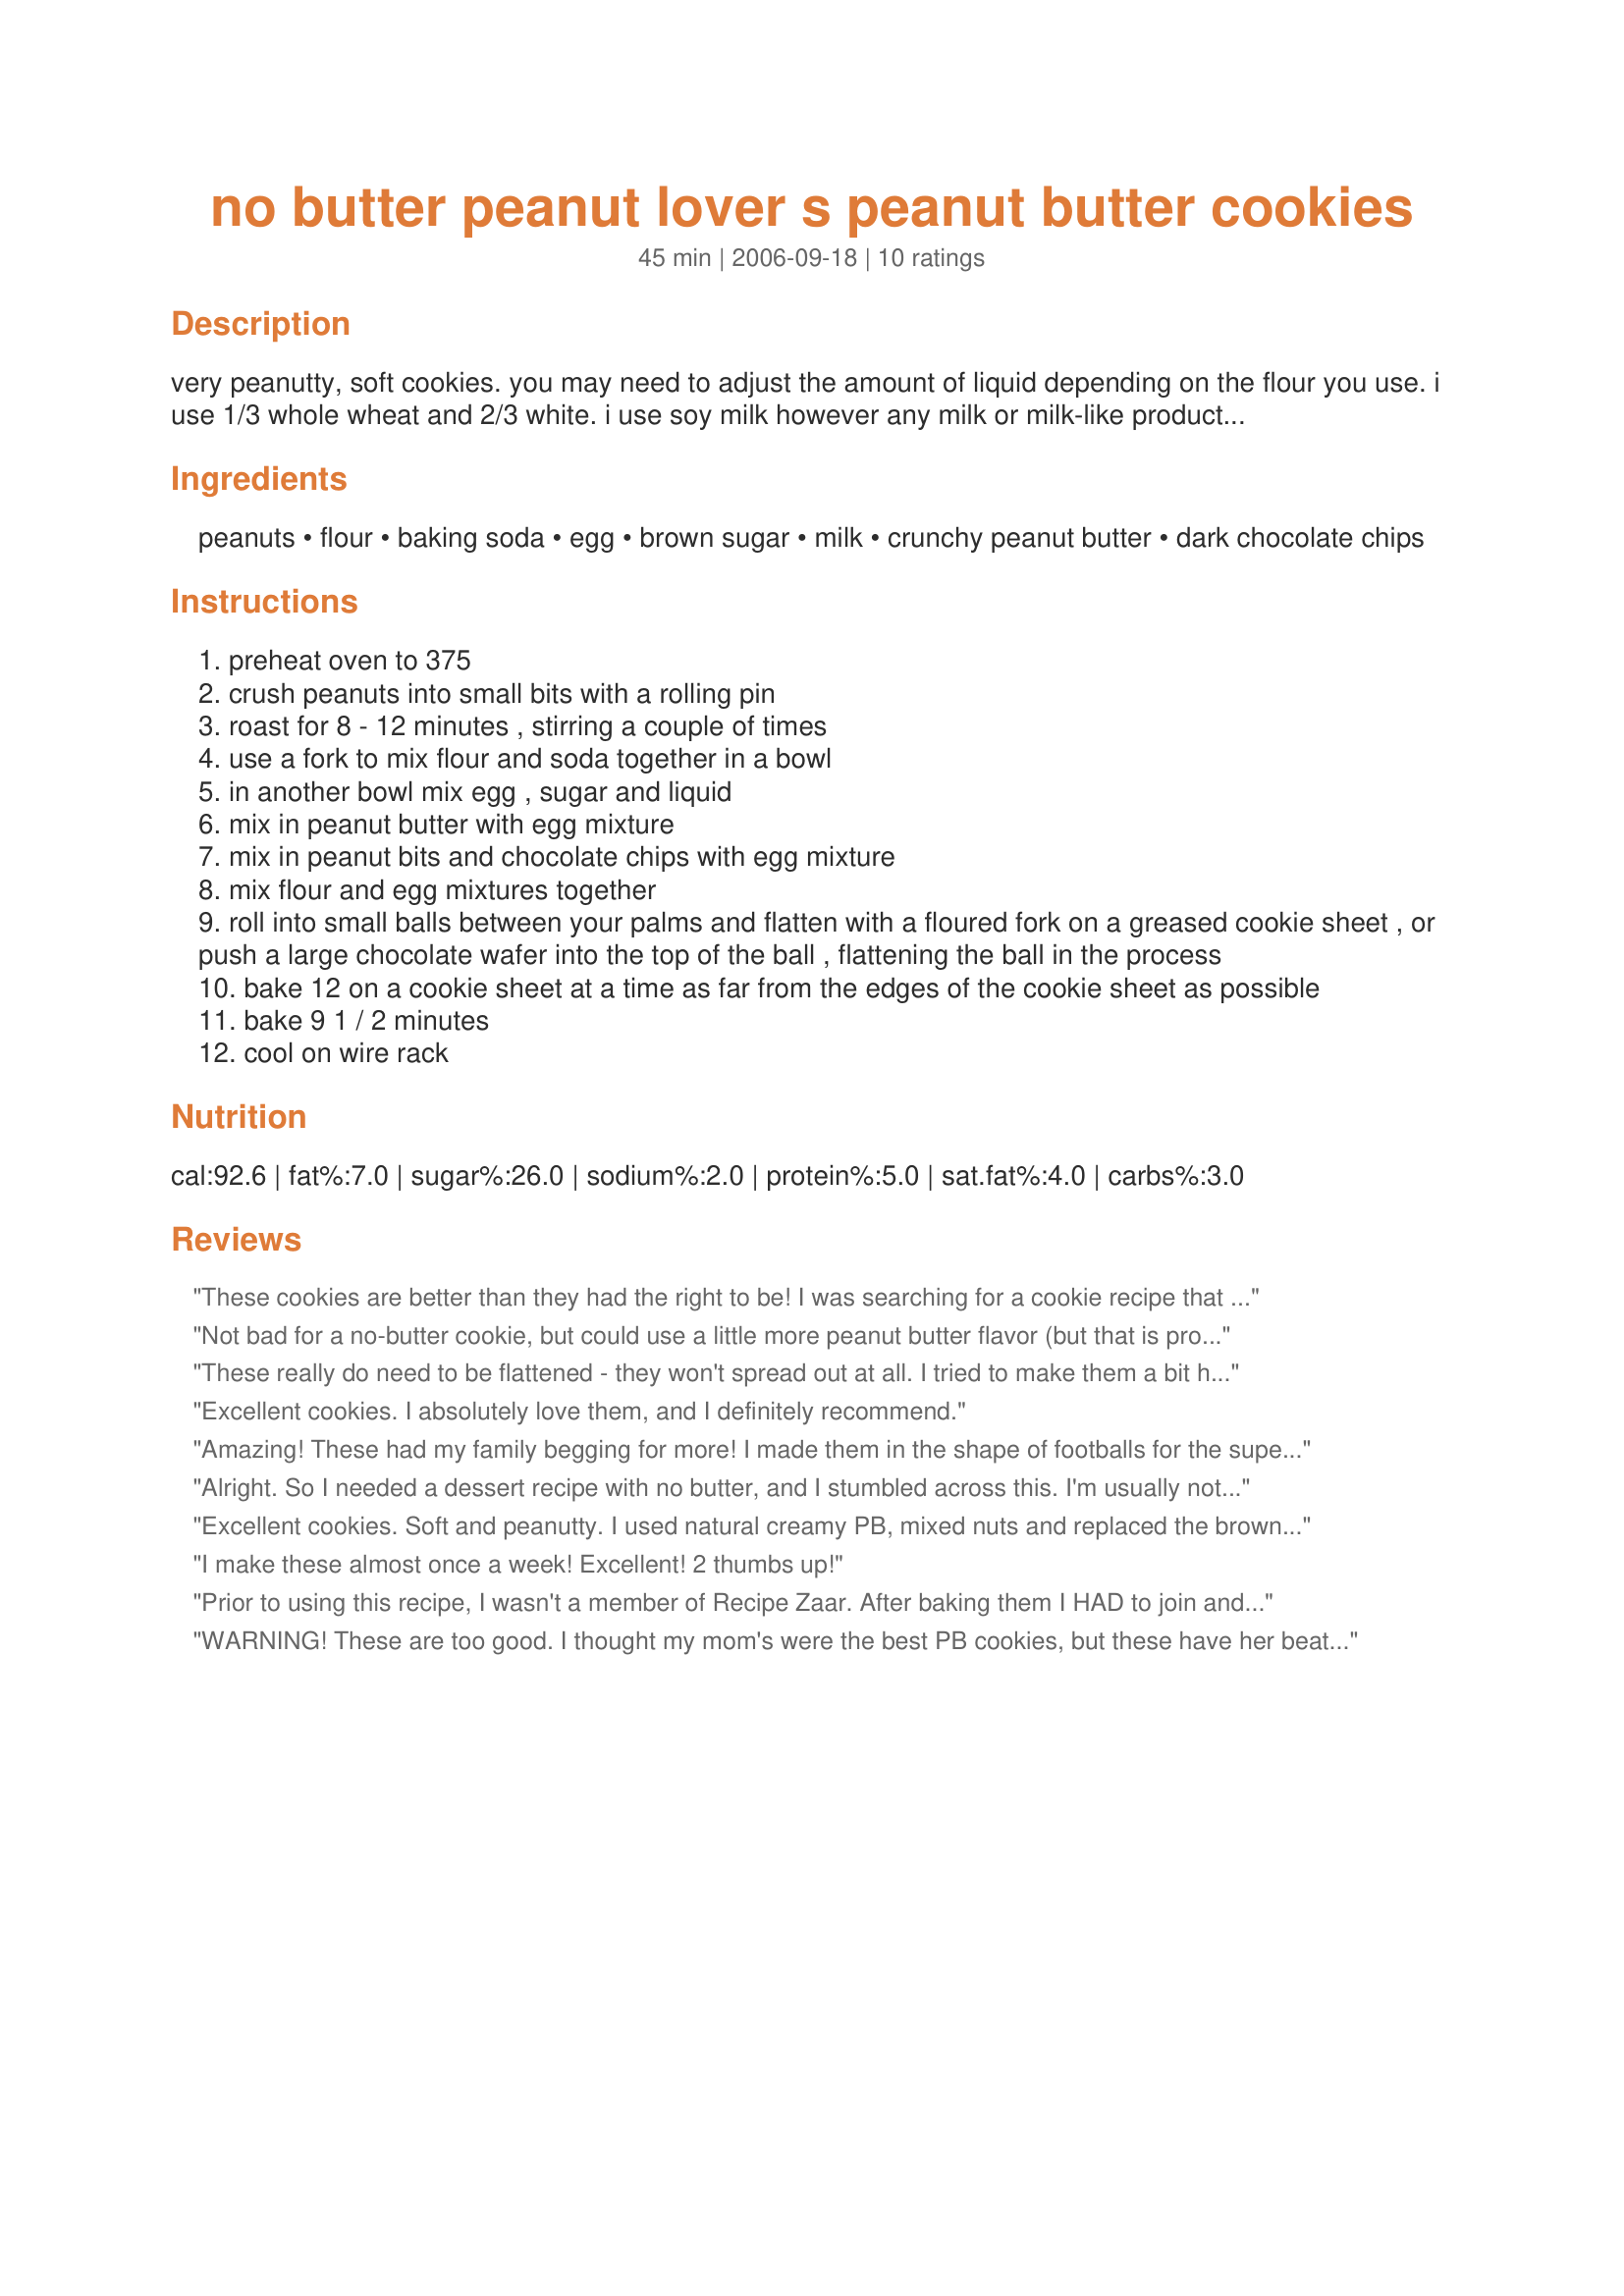
no butter peanut lover s peanut butter cookies
Preparation time: 45 minutes

very peanutty, soft cookies. you may need to adjust the amount of liquid depending on the flour you use. i use 1/3 whole wheat and 2/3 white. i use soy milk however any milk or milk-like product will work, i think. if you're going to add dark chocolate chips, increase the sugar by 2 tablespoons. careful baking results in soft cookies just lightly browned on the bottom.

Ingredients:
peanuts, flour, baking soda, egg, brown sugar, milk, crunchy peanut butter, dark chocolate chips

Steps:
preheat oven to 375
crush peanuts into small bits with a rolling pin
roast for 8 - 12 minutes , stirring a couple of times
use a fork to mix flour and soda together in a bowl
in another bowl mix egg , sugar and liquid
mix in peanut butter with egg mixture
mix in peanut bits and chocolate chips with egg mixture
mix flour and egg mixtures together
roll into small balls between your palms and flatten with a floured fork on a greased cookie sheet , or push a large chocolate wafer into the top of the ball , flattening the ball in the process
bake 12 on a cookie sheet at a time as far from the edges of the cookie sheet as possible
bake 9 1 / 2 minutes
cool on wire rack

Reviews:
These cookies are better than they had the right to be! I was searching for a cookie recipe that had no butter since I was out. I made these without the peanuts and with creamy peanut butter instead of chunky. The results were outstanding. The cookies were soft and round, and chewy on the inside. Even a couple days later they still taste just as good. This is a new staple in my cookbook. Thank you so much for posting!
Not bad for a no-butter cookie, but could use a little more peanut butter flavor (but that is probably because I did not have any peanuts to use in them, just the peanut butter). Overall I reccommend it though for a healthy alternative to a common PB cookie! I only needed to cook them for 8-8.5 minutes though and they were done.
These really do need to be flattened - they won't spread out at all. <br/>I tried to make them a bit healthier by using only whole wheat flour, I also didn't use any peanuts and used smooth peanut butter - but they came out too dry and hard (-perhaps more liquid would work?)<br/>However, adding about one average-sized banana to this combination makes the most irresistible heavenly cookies! (and they were soft too.) <br/>I'm always looking for recipes without butter or margarine. Thank you!
Excellent cookies. I absolutely love them, and I definitely recommend.
Amazing! These had my family begging for more! I made them in the shape of footballs for the super bowl and used a very small fork to make the fork lines look like stitching on a football! These have become my family's new Sunday football treat! Thanks so much!
Alright. So I needed a dessert recipe with no butter, and I stumbled across this. I'm usually not a fan of peanut butter, but these were delicious. I didn't use peanuts at all, used creamy peanut butter, and used regular sugar instead of brown sugar (I really need to go shopping). Also I added chocolate chips. I definitely thought something was wrong when the recipe said 1/4 cup milk and the batter was very dry, but nevertheless I cooked it and they turned out fantastic. Awesome recipe.
Excellent cookies. Soft and peanutty. I used natural creamy PB, mixed nuts and replaced the brown sugar with Xylitol. The kids love them and I can serve them with a clear conscience! The recipe makes 36, two-bite cookies.
I make these almost once a week! Excellent! 2 thumbs up!
Prior to using this recipe, I wasn't a member of Recipe Zaar. After baking them I HAD to join and give it five stars. The ingredients are so simple, recipe was easy to follow, and the cookies turned out delicious. Big hit for my family! :)
WARNING! These are too good. I thought my mom's were the best PB cookies, but these have her beat by a smidge. Do not make if you don't have cookie control.
